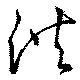
洪